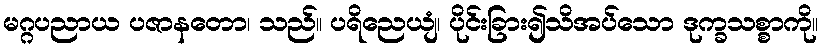
မဂ္ဂပညာယ ပဇာနတော၊ သည်။ ပရိညေယျံ၊ ပိုင်းခြား၍သိအပ်သော ဒုက္ခသစ္စာကို။